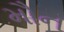
મૌન